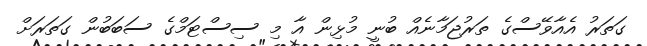
ގަތަރު އެއާވޭސްގެ ތަރުޖަމާނެއް ބުނީ މުޅިން އާ މި ސިސްޓަމްގެ ސަބަބުން ގަތަރަށް